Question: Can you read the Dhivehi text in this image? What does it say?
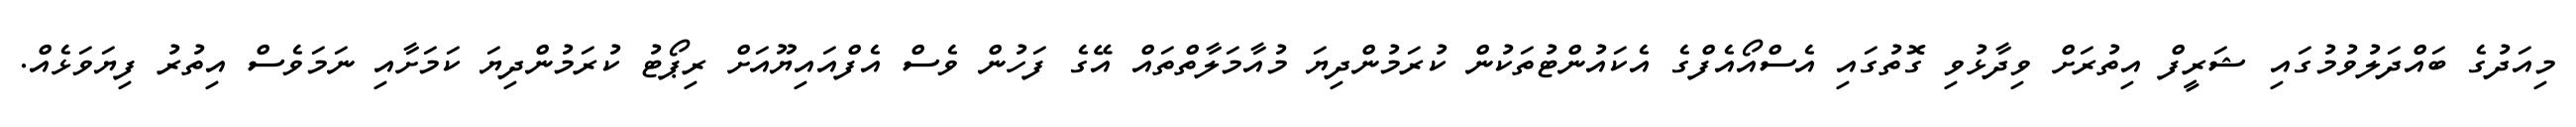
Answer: މިއަދުގެ ބައްދަލުވުމުގައި ޝަރީފް އިތުރަށް ވިދާޅުވި ގޮތުގައި އެސްއޯއެފްގެ އެކައުންޓުތަކުން ކުރަމުންދިޔަ މުއާމަލާތްތައް އޭގެ ފަހުން ވެސް އެފްއައިޔޫއަށް ރިޕޯޓު ކުރަމުންދިޔަ ކަމަށާއި ނަމަވެސް އިތުރު ފިޔަވަޅެއް.